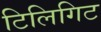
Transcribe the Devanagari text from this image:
टिलिगिट